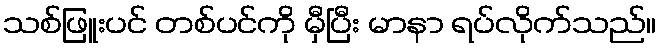
သစ်ဖြူးပင် တစ်ပင်ကို မှီပြီး မာနာ ရပ်လိုက်သည်။